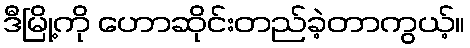
ဒီမြို့ကို ဟောဆိုင်းတည်ခဲ့တာကွယ့်။